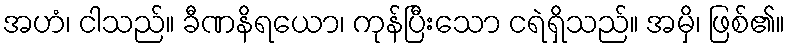
အဟံ၊ ငါသည်။ ခီဏနိရယော၊ ကုန်ပြီးသော ငရဲရှိသည်။ အမှိ၊ ဖြစ်၏။